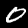
Digit: 0